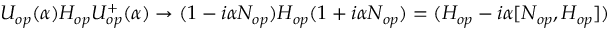
U _ { o p } ( \alpha ) H _ { o p } U _ { o p } ^ { + } ( \alpha ) \to ( 1 - i \alpha N _ { o p } ) H _ { o p } ( 1 + i \alpha N _ { o p } ) = ( H _ { o p } - i \alpha [ N _ { o p } , H _ { o p } ] )